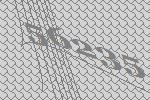
56235